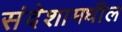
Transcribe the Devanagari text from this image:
संदेशामधील